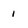
Character: 1